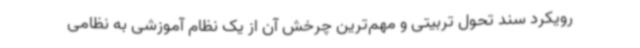
رویکرد سند تحول تربیتی و مهم‌ترین چرخش آن از یک نظام آموزشی به نظامی